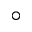
^ { \circ }